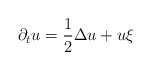
\begin{align*}\partial_t u=\frac{1}{2}\Delta u +u \xi\end{align*}